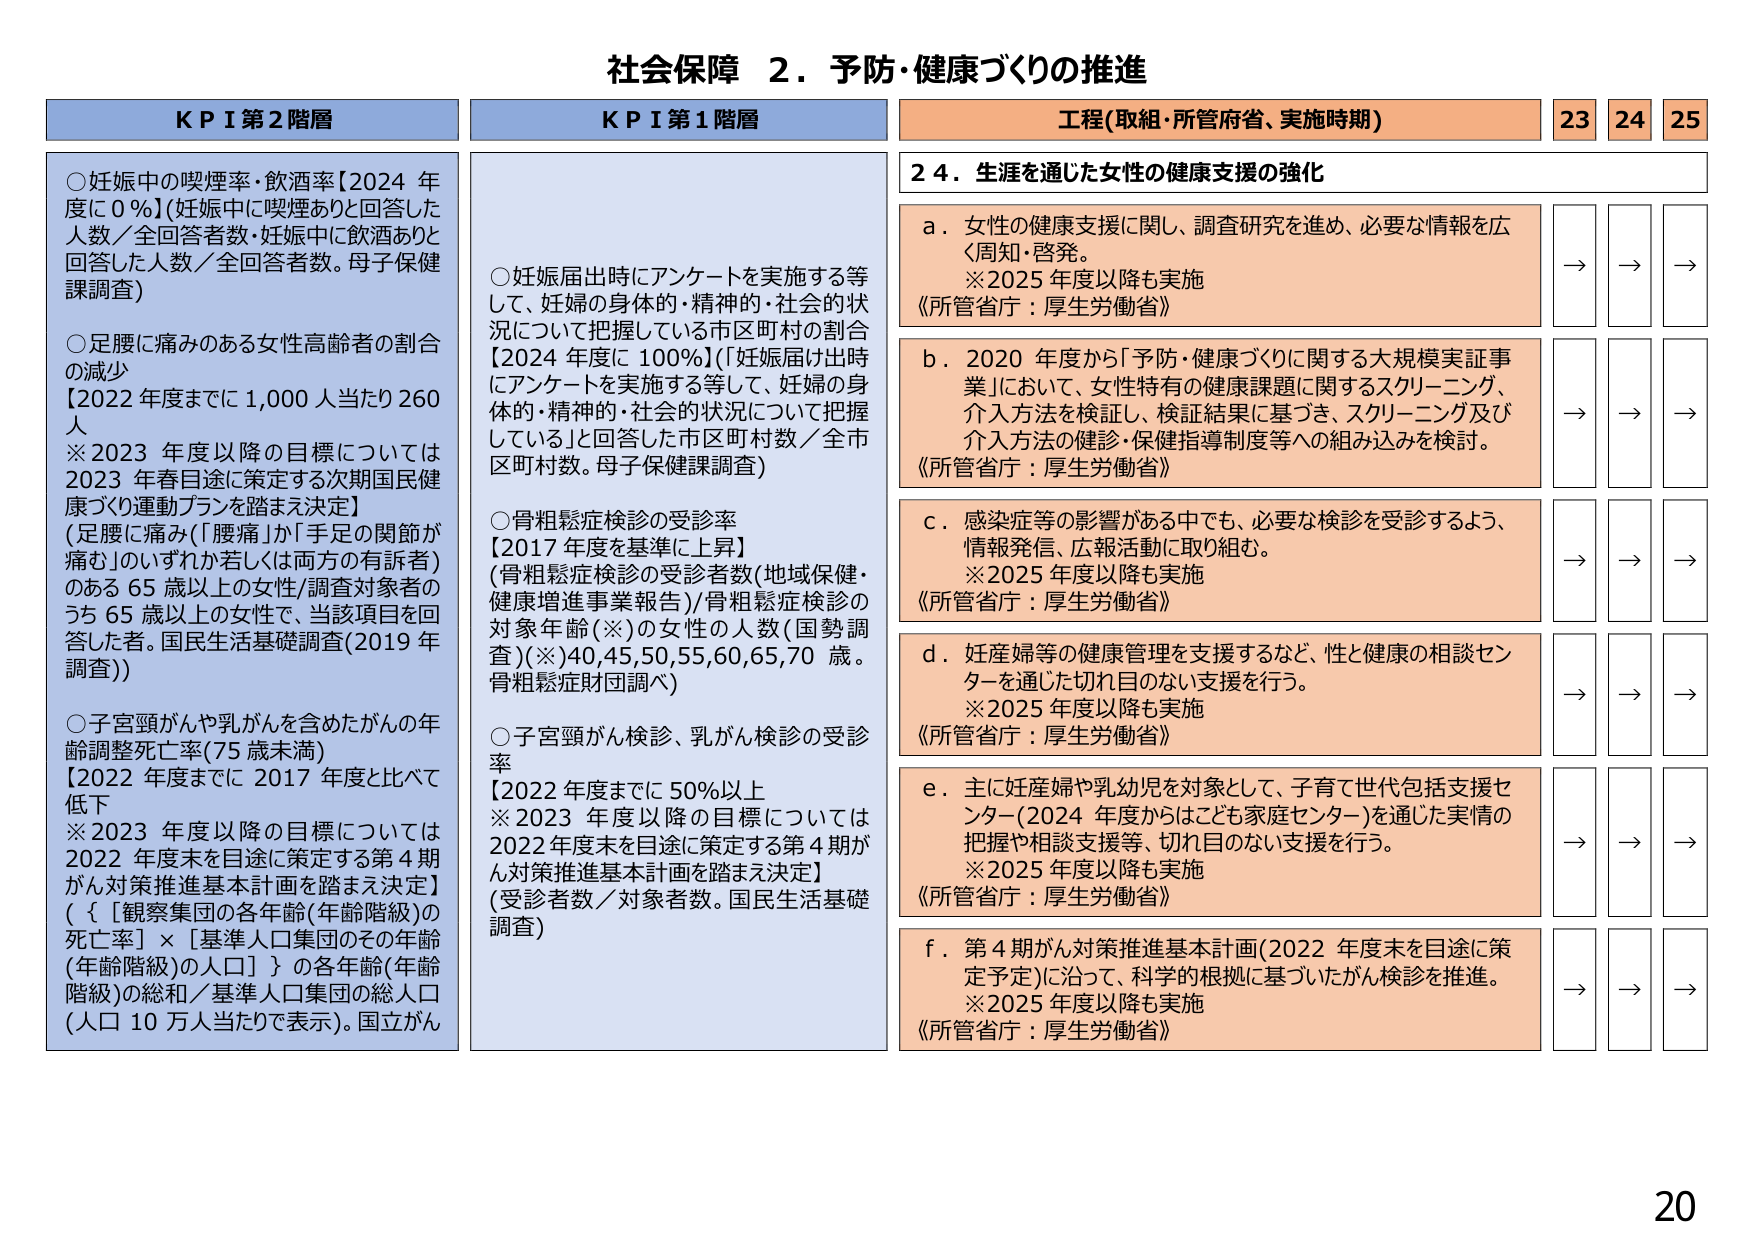
社会保障 ２．予防・健康づくりの推進

KPI 第2階層
○妊娠中の喫煙率・飲酒率【2024年度に0％】(妊娠中に喫煙ありと回答した人数／全回答者数・妊娠中に飲酒ありと回答した人数／全回答者数。母子保健課調査)
○足腰に痛みのある女性高齢者の割合の減少
【2022年度までに1,000人当たり260人
※2023年度以降の目標については2023年春を目途に策定する次期国民健康づくり運動プランを踏まえ決定】
(足腰に痛み(「腰痛」か「手足の関節が痛み」)のいずれか若しくは両方の有訴者)のある65歳以上の女性/調査対象者のうち65歳以上の女性で、当該項目を回答した者。国民生活基礎調査(2019年調査))
○子宮頸がんや乳がんを含めたがんの年齢調整死亡率(75歳未満)
【2022年度までに2017年度と比べて低下
※2023年度以降の目標については2022年度末を目途に策定する第4期がん対策推進基本計画を踏まえ決定】
({[観察集団の各年齢(年齢階級)の死亡率] × [基準人口集団のその年齢(年齢階級)の人口]} の各年齢(年齢階級)の総和／基準人口集団の総人口(人口10万人当たりで表示)。国立がん

KPI 第1階層
○妊娠届出時にアンケートを実施する等して、妊婦の身体的・精神的・社会的状況について把握している市区町村の割合【2024年度に100％】(妊娠届け出時にアンケートを実施する等して、妊婦の身体的・精神的・社会的状況について把握していると回答した市区町村数／全市区町村数。母子保健課調査)
○骨粗鬆症検診の受診率
【2017年度を基準に上昇】
(骨粗鬆症検診の受診者数(地域保健・健康増進事業報告)/骨粗鬆症検診の対象年齢(※)の女性の人数(国勢調査)(※)40,45,50,55,60,65,70歳。骨粗鬆症財団調べ)
○子宮頸がん検診、乳がん検診の受診率
【2022年度までに50％以上
※2023年度以降の目標については2022年度末を目途に策定する第4期がん対策推進基本計画を踏まえ決定】
(受診者数／対象者数。国民生活基礎調査)

工程(取組・所管府省、実施時期)
23 24 25

24．生涯を通じた女性の健康支援の強化
a．女性の健康支援に関し、調査研究を進め、必要な情報を広く周知・啓発。
※2025年度以降も実施
《所管省庁：厚生労働省》
→ → →
b．2020年度から「予防・健康づくりに関する大規模実証事業」において、女性特有の健康課題に関するスクリーニング、介入方法を検証し、検証結果に基づき、スクリーニング及び介入方法の検診・保健指導制度等への組み込みを検討。
《所管省庁：厚生労働省》
→ → →
c．感染症等の影響がある中でも、必要な検診を受診するよう、情報発信、広報活動に取り組む。
※2025年度以降も実施
《所管省庁：厚生労働省》
→ → →
d．妊産婦等の健康管理を支援するなど、性と健康の相談センターを通じた切れ目のない支援を行う。
※2025年度以降も実施
《所管省庁：厚生労働省》
→ → →
e．主に妊産婦や乳幼児を対象として、子育て世代包括支援センター(2024年度からはこども家庭センター)を通じた実情の把握や相談支援等、切れ目のない支援を行う。
※2025年度以降も実施
《所管省庁：厚生労働省》
→ → →
f．第4期がん対策推進基本計画(2022年度末を目途に策定予定)に沿って、科学的根拠に基づいたがん検診を推進。
※2025年度以降も実施
《所管省庁：厚生労働省》
→ → →

20